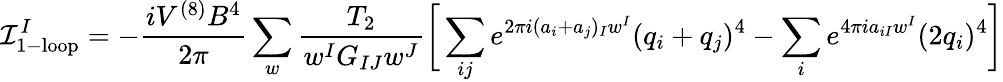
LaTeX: {\cal I}_{\mathrm{1-loop}}^{I}=-\frac{iV^{(8)}B^{4}}{2\pi}\sum_{w}\frac{T_{2}}{w^{I}G_{IJ}w^{J}}\bigg[\sum_{ij}e^{2\pi i(a_{i}+a_{j})_{I}w^{I}}(q_{i}+q_{j})^{4}-\sum_{i}e^{4\pi ia_{iI}w^{I}}(2q_{i})^{4}\bigg]